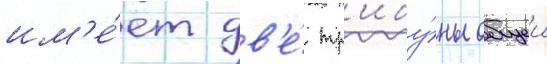
им'е́ет дв'е́ тр'ибу́ны общеи